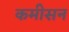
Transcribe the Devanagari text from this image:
कमीसन